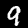
Digit: 9